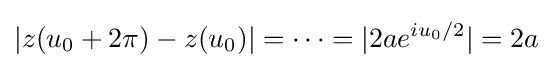
|z(u_{0}+2\pi )-z(u_{0})|=\cdots =|2ae^{iu_{0}/2}|=2a\;